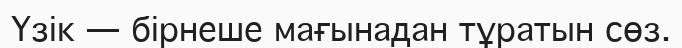
Үзік — бірнеше мағынадан тұратын сөз.